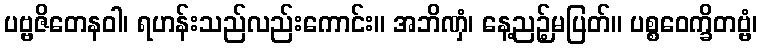
ပဗ္ဗဇိတေနဝါ၊ ရဟန်းသည်လည်းကောင်း။ အဘိဏှံ၊ နေ့ညဉ့်မပြတ်။ ပစ္စဝေက္ခိတဗ္ဗံ၊